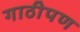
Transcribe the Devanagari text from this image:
गाठीपण